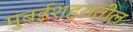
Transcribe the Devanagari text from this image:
मुंबईशहरातील